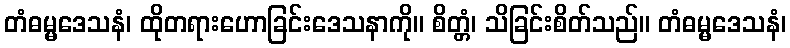
တံဓမ္မဒေသနံ၊ ထိုတရားဟောခြင်းဒေသနာကို။ စိတ္တံ၊ သိခြင်းစိတ်သည်။ တံဓမ္မဒေသနံ၊